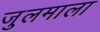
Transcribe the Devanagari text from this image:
जुलमाला